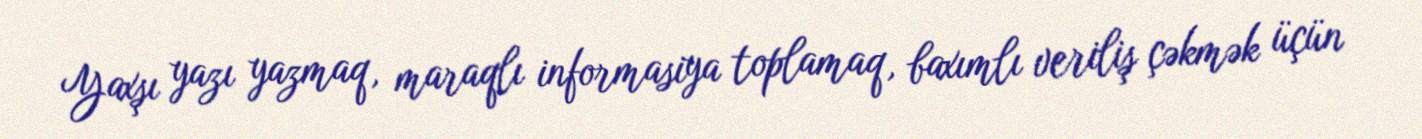
Yaxşı yazı yazmaq, maraqlı informasiya toplamaq, baxımlı veriliş çəkmək üçün